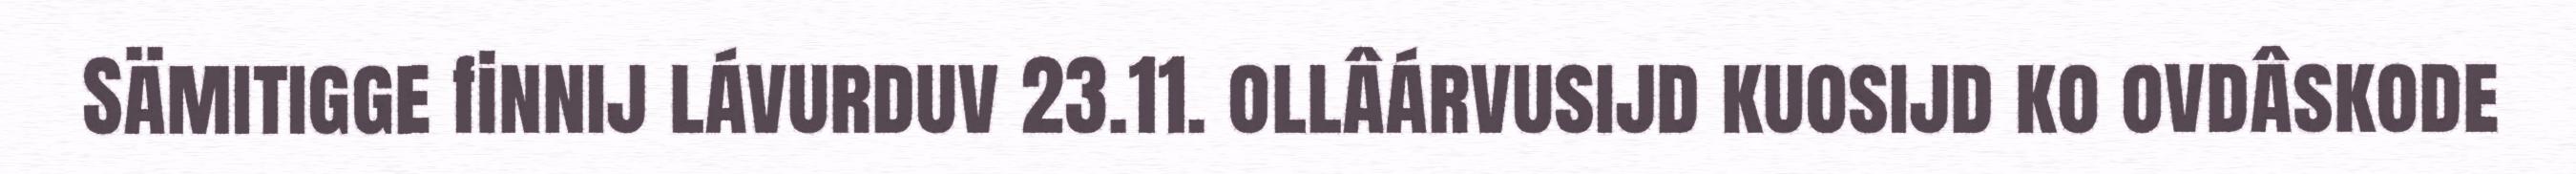
Sämitigge finnij lávurduv 23.11. ollâárvusijd kuosijd ko ovdâskode